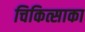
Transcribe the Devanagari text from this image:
चिकित्साका